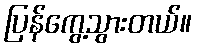
ပြန်ကွေ့သွားတယ်။